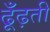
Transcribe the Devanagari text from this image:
ढूँढ़ती